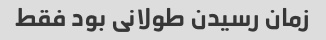
زمان رسیدن طولانی بود فقط